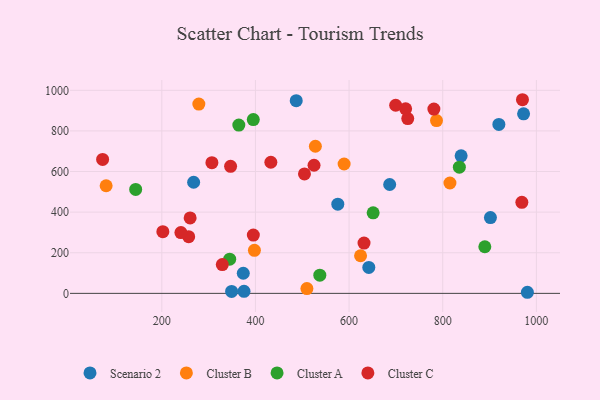
{"axis": {"x": "Ad Spend", "y": "Fuel Efficiency"}, "legend": ["Cluster A", "Cluster B", "Cluster C", "Scenario 2"], "data": [{"x": "919.9", "y": 832.2, "type": "Scenario 2"}, {"x": "642.1", "y": 127.9, "type": "Scenario 2"}, {"x": "972.7", "y": 884.2, "type": "Scenario 2"}, {"x": "349.1", "y": 9.8, "type": "Scenario 2"}, {"x": "374.0", "y": 99.1, "type": "Scenario 2"}, {"x": "980.8", "y": 5.4, "type": "Scenario 2"}, {"x": "839.3", "y": 677.2, "type": "Scenario 2"}, {"x": "487.1", "y": 948.9, "type": "Scenario 2"}, {"x": "686.7", "y": 536.2, "type": "Scenario 2"}, {"x": "375.6", "y": 10.2, "type": "Scenario 2"}, {"x": "575.9", "y": 439.3, "type": "Scenario 2"}, {"x": "901.9", "y": 373.4, "type": "Scenario 2"}, {"x": "268.0", "y": 547.1, "type": "Scenario 2"}, {"x": "397.8", "y": 211.8, "type": "Cluster B"}, {"x": "624.5", "y": 185.3, "type": "Cluster B"}, {"x": "786.7", "y": 850.9, "type": "Cluster B"}, {"x": "81.1", "y": 529.9, "type": "Cluster B"}, {"x": "279.1", "y": 932.3, "type": "Cluster B"}, {"x": "509.9", "y": 23.8, "type": "Cluster B"}, {"x": "815.4", "y": 543.5, "type": "Cluster B"}, {"x": "528.0", "y": 724.5, "type": "Cluster B"}, {"x": "589.4", "y": 637.1, "type": "Cluster B"}, {"x": "364.5", "y": 828.8, "type": "Cluster A"}, {"x": "889.9", "y": 229.7, "type": "Cluster A"}, {"x": "345.0", "y": 168.6, "type": "Cluster A"}, {"x": "651.4", "y": 396.8, "type": "Cluster A"}, {"x": "144.2", "y": 511.8, "type": "Cluster A"}, {"x": "395.4", "y": 856.0, "type": "Cluster A"}, {"x": "835.5", "y": 621.5, "type": "Cluster A"}, {"x": "537.5", "y": 89.8, "type": "Cluster A"}, {"x": "432.9", "y": 645.6, "type": "Cluster C"}, {"x": "969.0", "y": 448.5, "type": "Cluster C"}, {"x": "257.4", "y": 279.1, "type": "Cluster C"}, {"x": "699.5", "y": 926.4, "type": "Cluster C"}, {"x": "202.2", "y": 303.8, "type": "Cluster C"}, {"x": "725.3", "y": 860.8, "type": "Cluster C"}, {"x": "346.9", "y": 625.7, "type": "Cluster C"}, {"x": "260.5", "y": 371.4, "type": "Cluster C"}, {"x": "307.0", "y": 643.6, "type": "Cluster C"}, {"x": "970.3", "y": 953.6, "type": "Cluster C"}, {"x": "781.1", "y": 907.7, "type": "Cluster C"}, {"x": "504.7", "y": 588.3, "type": "Cluster C"}, {"x": "631.9", "y": 247.8, "type": "Cluster C"}, {"x": "329.2", "y": 141.7, "type": "Cluster C"}, {"x": "395.5", "y": 287.3, "type": "Cluster C"}, {"x": "240.8", "y": 299.3, "type": "Cluster C"}, {"x": "73.6", "y": 659.7, "type": "Cluster C"}, {"x": "720.8", "y": 908.9, "type": "Cluster C"}, {"x": "525.1", "y": 630.9, "type": "Cluster C"}]}